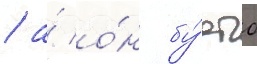
/ а́ о́н бу́дто